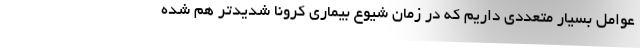
عوامل بسیار متعددی داریم که در زمان شیوع بیماری کرونا شدیدتر هم شده